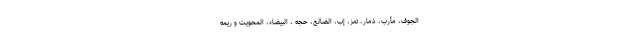
الجوف، مأرب، ذمار، تعز، إب، الضالع، حجه ، البیضاء، المحویت و ریمه